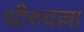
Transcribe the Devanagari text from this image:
थीरुवल्ला